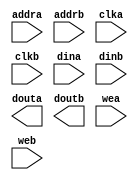
module ram32x32 (
	addra,
	addrb,
	clka,
	clkb,
	dina,
	dinb,
	douta,
	doutb,
	wea,
	web);    // synthesis black_box

input [4 : 0] addra;
input [4 : 0] addrb;
input clka;
input clkb;
input [31 : 0] dina;
input [31 : 0] dinb;
output [31 : 0] douta;
output [31 : 0] doutb;
input wea;
input web;

// synopsys translate_off

	BLKMEMDP_V6_1 #(
		5,	// c_addra_width
		5,	// c_addrb_width
		"0",	// c_default_data
		32,	// c_depth_a
		32,	// c_depth_b
		0,	// c_enable_rlocs
		1,	// c_has_default_data
		1,	// c_has_dina
		1,	// c_has_dinb
		1,	// c_has_douta
		1,	// c_has_doutb
		0,	// c_has_ena
		0,	// c_has_enb
		0,	// c_has_limit_data_pitch
		0,	// c_has_nda
		0,	// c_has_ndb
		0,	// c_has_rdya
		0,	// c_has_rdyb
		0,	// c_has_rfda
		0,	// c_has_rfdb
		0,	// c_has_sinita
		0,	// c_has_sinitb
		1,	// c_has_wea
		1,	// c_has_web
		18,	// c_limit_data_pitch
		"mif_file_16_1",	// c_mem_init_file
		0,	// c_pipe_stages_a
		0,	// c_pipe_stages_b
		0,	// c_reg_inputsa
		0,	// c_reg_inputsb
		"0",	// c_sinita_value
		"0",	// c_sinitb_value
		32,	// c_width_a
		32,	// c_width_b
		0,	// c_write_modea
		0,	// c_write_modeb
		"0",	// c_ybottom_addr
		1,	// c_yclka_is_rising
		1,	// c_yclkb_is_rising
		1,	// c_yena_is_high
		1,	// c_yenb_is_high
		"hierarchy1",	// c_yhierarchy
		0,	// c_ymake_bmm
		"16kx1",	// c_yprimitive_type
		1,	// c_ysinita_is_high
		1,	// c_ysinitb_is_high
		"1024",	// c_ytop_addr
		0,	// c_yuse_single_primitive
		1,	// c_ywea_is_high
		1,	// c_yweb_is_high
		1)	// c_yydisable_warnings
	inst (
		.ADDRA(addra),
		.ADDRB(addrb),
		.CLKA(clka),
		.CLKB(clkb),
		.DINA(dina),
		.DINB(dinb),
		.DOUTA(douta),
		.DOUTB(doutb),
		.WEA(wea),
		.WEB(web),
		.ENA(),
		.ENB(),
		.NDA(),
		.NDB(),
		.RFDA(),
		.RFDB(),
		.RDYA(),
		.RDYB(),
		.SINITA(),
		.SINITB());


// synopsys translate_on

// FPGA Express black box declaration
// synopsys attribute fpga_dont_touch "true"
// synthesis attribute fpga_dont_touch of ram32x32 is "true"

// XST black box declaration
// box_type "black_box"
// synthesis attribute box_type of ram32x32 is "black_box"

endmodule